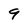
Character: 9